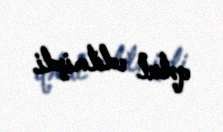
qəbul edilmişdi.